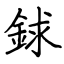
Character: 銶